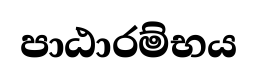
පාඨාරම්භය